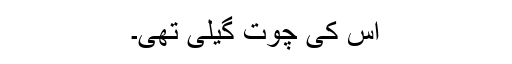
اس کی چوت گیلی تھی۔